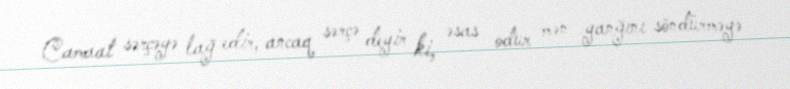
Camaat sərçəyə lağ edir, ancaq sərçə deyir ki, əsas odur mən yanğını söndürməyə